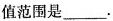
值范围是___.